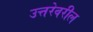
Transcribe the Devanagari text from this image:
उत्तरेवरील